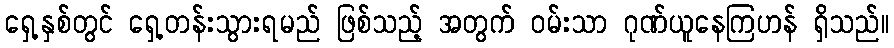
ရှေ့နှစ်တွင် ရှေ့တန်းသွားရမည် ဖြစ်သည့် အတွက် ဝမ်းသာ ဂုဏ်ယူနေကြဟန် ရှိသည်။